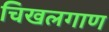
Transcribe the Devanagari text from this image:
चिखलगाण